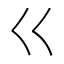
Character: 巜